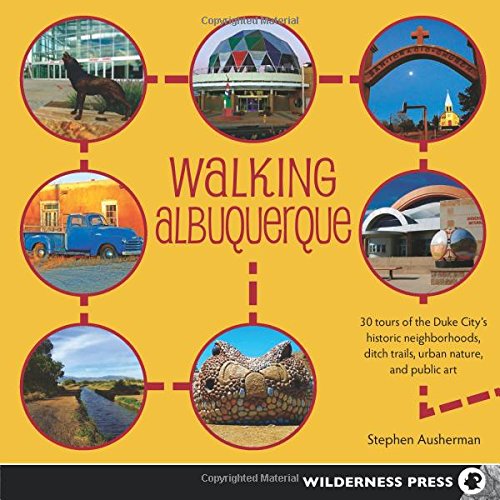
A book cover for Walking Albuquerque: 30 Tours of the Duke City's Historic Neighborhoods, Ditch Trails, Urban Nature, and Public Art; Stephen Ausherman; Health, Fitness & Dieting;